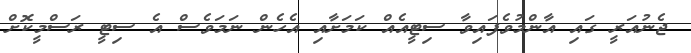
ޖެނުއަރީ ގައި އާންމުވެފައިވާ ސިޓީއެއް ކަމަށާއި އެހެން ނަމަވެސް އެ ސިޓީ ރަސްމީކޮށް